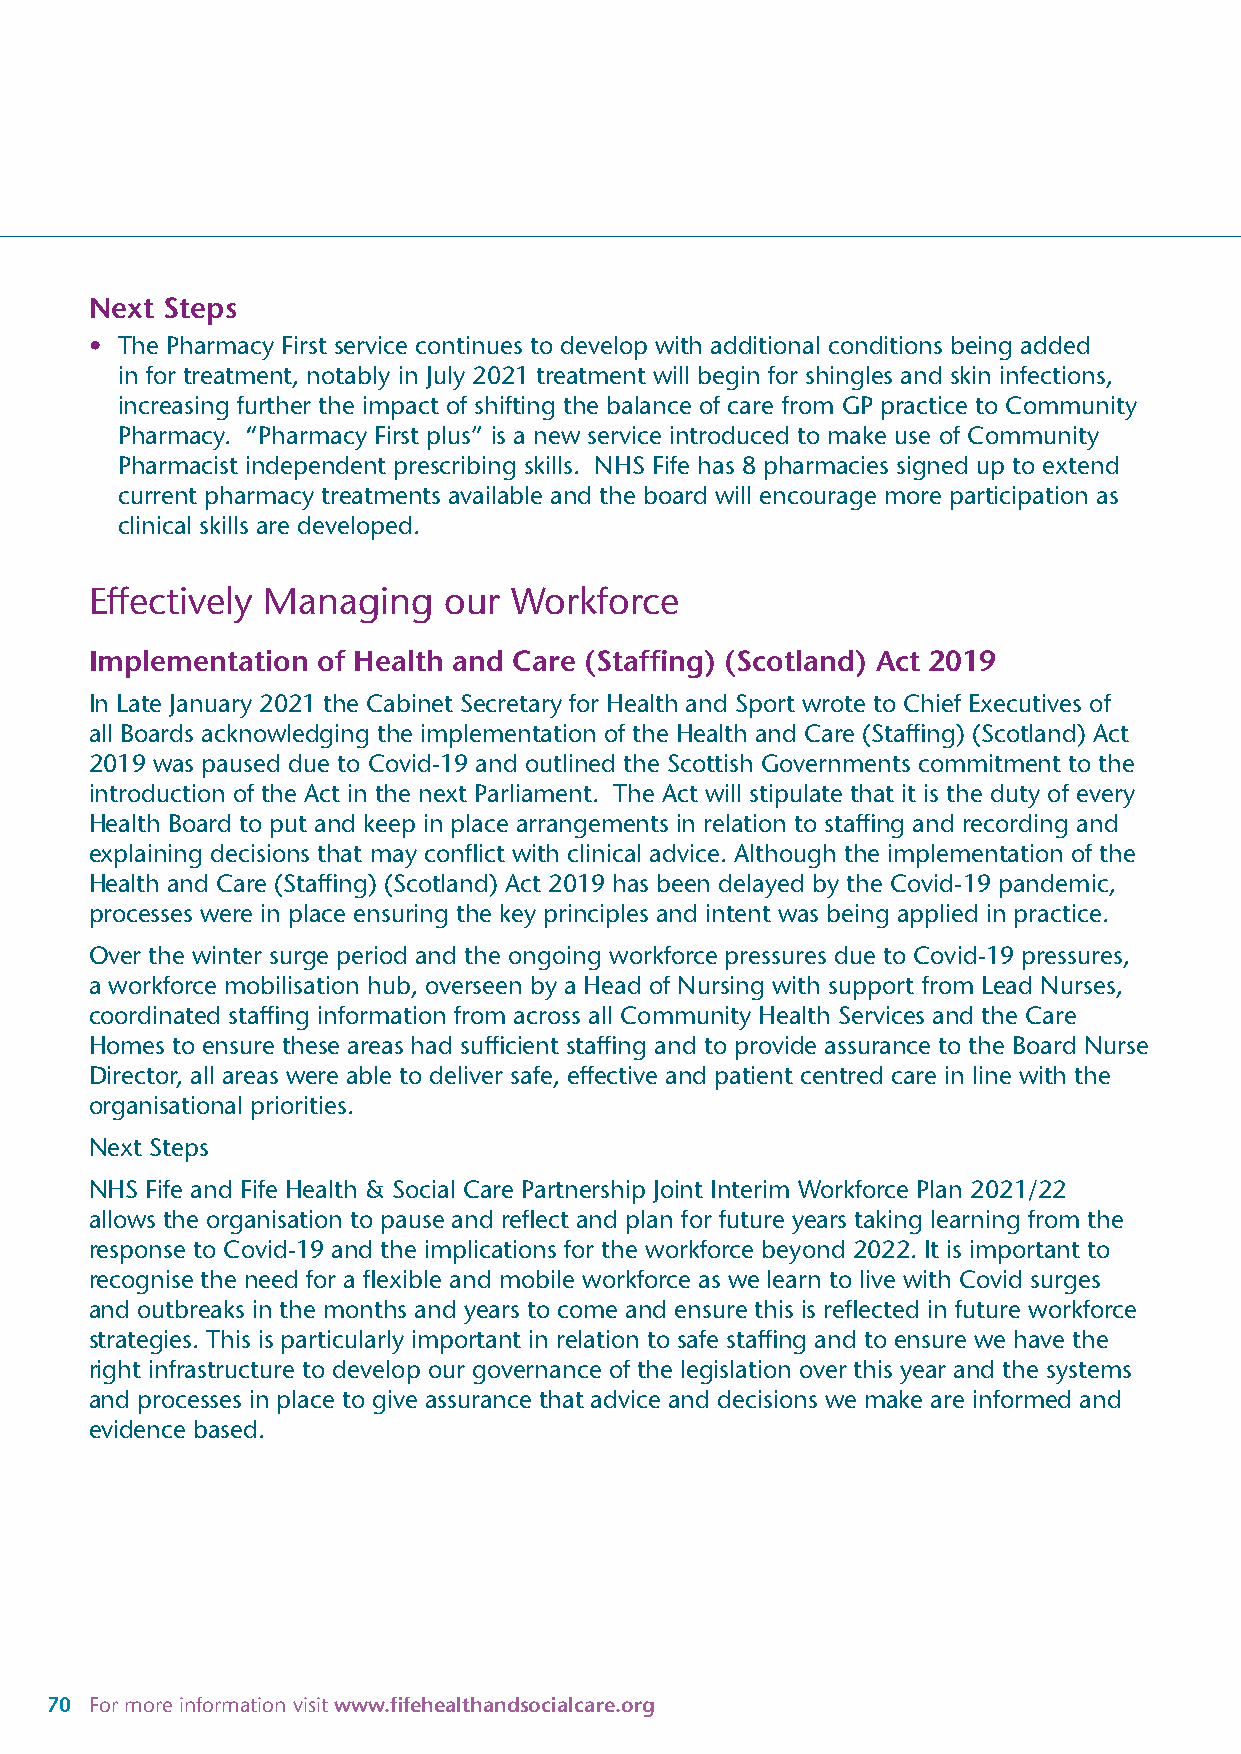
Next Steps
 • The Pharmacy First service continues to develop with additional conditions being added
 in for treatment, notably in July 2021 treatment will begin for shingles and skin infections,
 increasing further the impact of shifting the balance of care from GP practice to Community
 Pharmacy. “Pharmacy First plus” is a new service introduced to make use of Community
 Pharmacist independent prescribing skills. NHS Fife has 8 pharmacies signed up to extend
 current pharmacy treatments available and the board will encourage more participation as
 clinical skills are developed.
 Effectively Managing   our  Workforce
 Implementation of Health and Care (Staffing) (Scotland) Act 2019
 In Late January 2021 the Cabinet Secretary for Health and Sport wrote to Chief Executives of
 all Boards acknowledging the implementation of the Health and Care (Staffing) (Scotland) Act
 2019 was paused due to Covid-19 and outlined the Scottish Governments commitment to the
 introduction of the Act in the next Parliament. The Act will stipulate that it is the duty of every
 Health Board to put and keep in place arrangements in relation to staffing and recording and
 explaining decisions that may conflict with clinical advice. Although the implementation of the
 Health and Care (Staffing) (Scotland) Act 2019 has been delayed by the Covid-19 pandemic,
 processes were in place ensuring the key principles and intent was being applied in practice.
 Over the winter surge period and the ongoing workforce pressures due to Covid-19 pressures,
 a workforce mobilisation hub, overseen by a Head of Nursing with support from Lead Nurses,
 coordinated staffing information from across all Community Health Services and the Care
 Homes to ensure these areas had sufficient staffing and to provide assurance to the Board Nurse
 Director, all areas were able to deliver safe, effective and patient centred care in line with the
 organisational priorities.
 Next Steps
 NHS Fife and Fife Health & Social Care Partnership Joint Interim Workforce Plan 2021/22
 allows the organisation to pause and reflect and plan for future years taking learning from the
 response to Covid-19 and the implications for the workforce beyond 2022. It is important to
 recognise the need for a flexible and mobile workforce as we learn to live with Covid surges
 and outbreaks in the months and years to come and ensure this is reflected in future workforce
 strategies. This is particularly important in relation to safe staffing and to ensure we have the
 right infrastructure to develop our governance of the legislation over this year and the systems
 and processes in place to give assurance that advice and decisions we make are informed and
 evidence based.
 70 For more information visit www.fifehealthandsocialcare.org